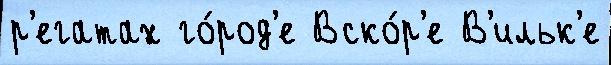
р'егатах го́род'е Вско́р'е В'ильк'е